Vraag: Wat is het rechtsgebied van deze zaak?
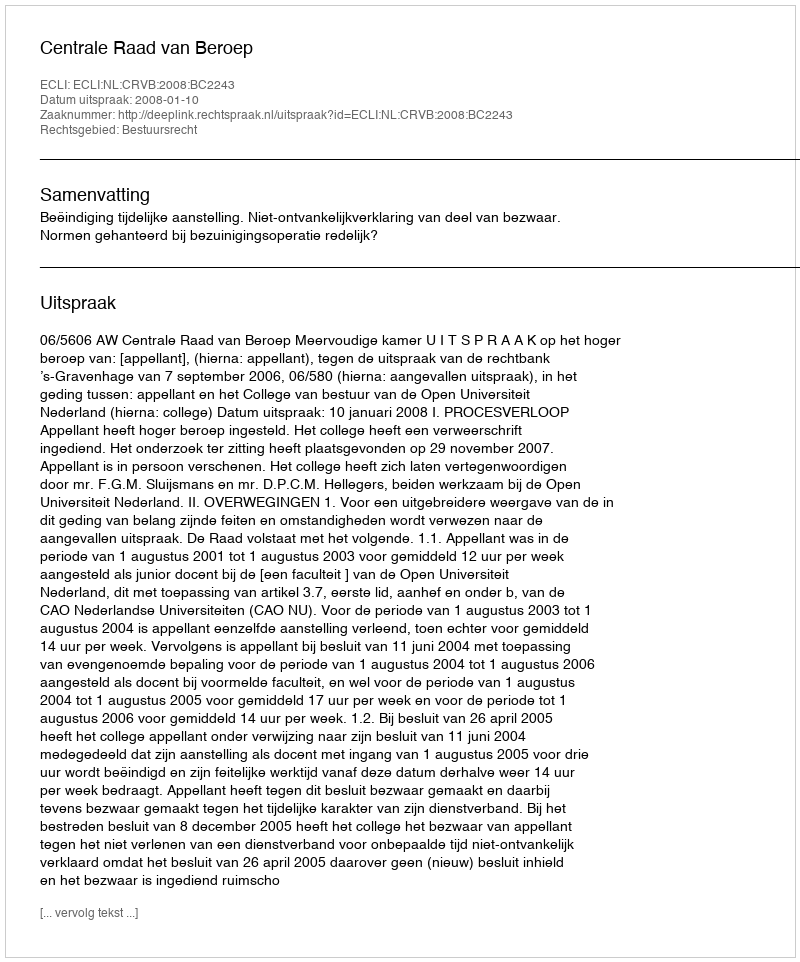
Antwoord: Bestuursrecht